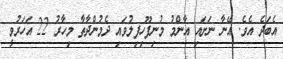
އެބަދެ އެވެ. އޭނާ ނަށައި އާންމު މުނިފޫހިފިލުވައި ދެމުންދާތާ މިހާރު 22 އަހަރުވީ